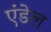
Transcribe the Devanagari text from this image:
एंडेल